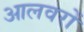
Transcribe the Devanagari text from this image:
आलवरों